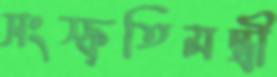
সংস্কৃতিমন্ত্রী